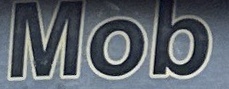
Mob